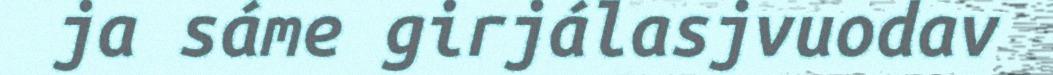
ja sáme girjálasjvuodav